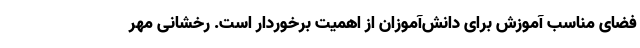
فضای مناسب آموزش برای دانش‌آموزان از اهمیت برخوردار است. رخشانی مهر